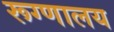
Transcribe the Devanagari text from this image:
रूग्‍णालय